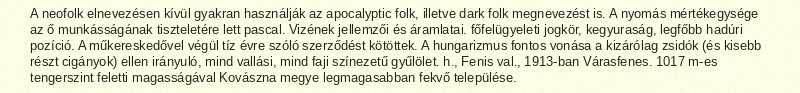
A neofolk elnevezésen kívül gyakran használják az apocalyptic folk, illetve dark folk megnevezést is. A nyomás mértékegysége az ő munkásságának tiszteletére lett pascal. Vizének jellemzői és áramlatai. főfelügyeleti jogkör, kegyuraság, legfőbb hadúri pozíció. A műkereskedővel végül tíz évre szóló szerződést kötöttek. A hungarizmus fontos vonása a kizárólag zsidók (és kisebb részt cigányok) ellen irányuló, mind vallási, mind faji színezetű gyűlölet. h., Fenis val., 1913-ban Várasfenes. 1017 m-es tengerszint feletti magasságával Kovászna megye legmagasabban fekvő települése.